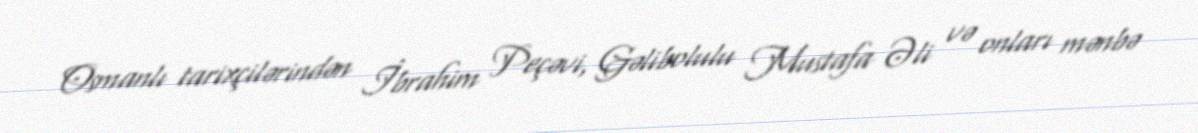
Osmanlı tarixçilərindən İbrahim Peçəvi, Gəlibolulu Mustafa Əli və onları mənbə